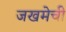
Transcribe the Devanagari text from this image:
जखमेची